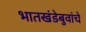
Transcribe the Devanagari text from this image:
भातखंडेबुवांचे